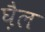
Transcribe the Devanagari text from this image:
घ़ैल